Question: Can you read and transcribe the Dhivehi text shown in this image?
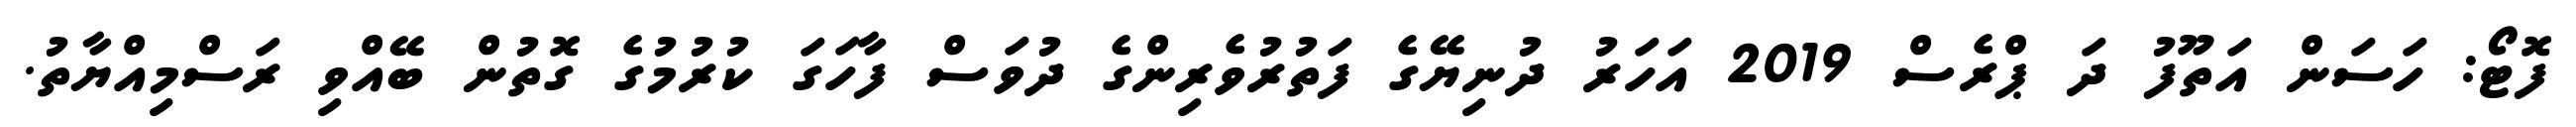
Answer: ފޮޓޯ: ހަސަން އަތޫފު ދަ ޕްރެސް 2019 އަހަރު ދުނިޔޭގެ ފަތުރުވެރިންގެ ދުވަސް ފާހަގަ ކުރުމުގެ ގޮތުން ބޭއްވި ރަސްމިއްޔާތު.